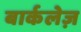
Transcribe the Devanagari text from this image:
बार्कलेज़